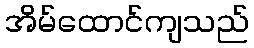
အိမ်ထောင်ကျသည်